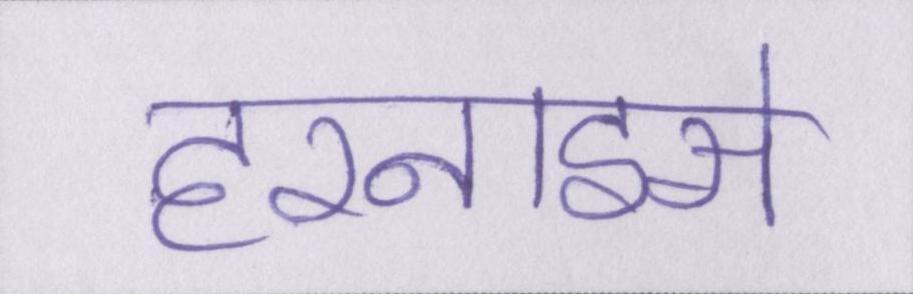
हरनाइसे